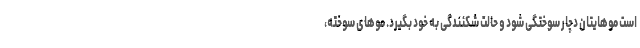
است موهایتان دچار سوختگی شود و حالت شکنندگی به خود بگیرد. موهای سوخته،